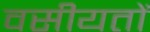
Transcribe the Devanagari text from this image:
वसीयतों